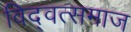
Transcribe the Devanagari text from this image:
विद्‍वत्समाज